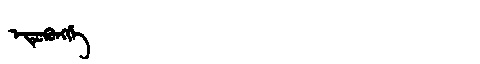
Manchu: ᡝᡨᡠᡴᡠᠩᡤᡝ
Romanization: ETUKUNGGE